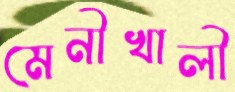
মেনীখালী